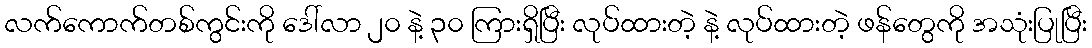
လက်ကောက်တစ်ကွင်းကို ဒေါ်လာ ၂၀ နဲ့ ၃၀ ကြားရှိပြီး လုပ်ထားတဲ့ နဲ့ လုပ်ထားတဲ့ ဖန်တွေကို အသုံးပြုပြီး